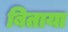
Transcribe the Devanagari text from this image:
बिताया